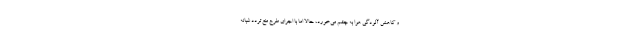
و کاهش آلودگی هوا به چشم می‌خورد، حالا اما با اجرای طرح منع تردد شبانه